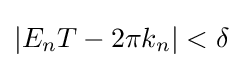
|E_{n}T-2\pi k_{n}|<\delta